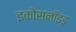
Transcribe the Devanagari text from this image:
इकोसनॉइड